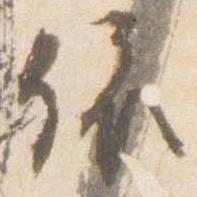
依